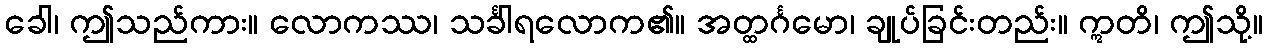
ခေါ၊ ဤသည်ကား။ လောကဿ၊ သင်္ခါရလောက၏။ အတ္ထင်္ဂမော၊ ချုပ်ခြင်းတည်း။ ဣတိ၊ ဤသို့။